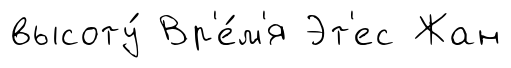
высоту́ Вр'е́м'я Эт'ес Жан